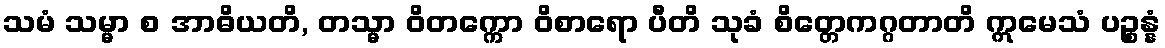
သမံ သမ္မာ စ အာဓိယတိ, တသ္မာ ဝိတက္ကော ဝိစာရော ပီတိ သုခံ စိတ္တေကဂ္ဂတာတိ ဣမေသံ ပဉ္စန္နံ